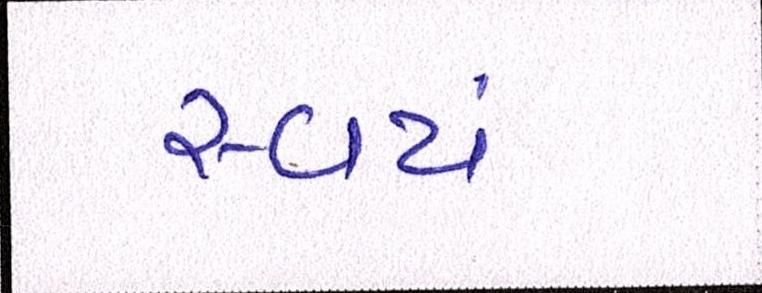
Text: સ્વયં